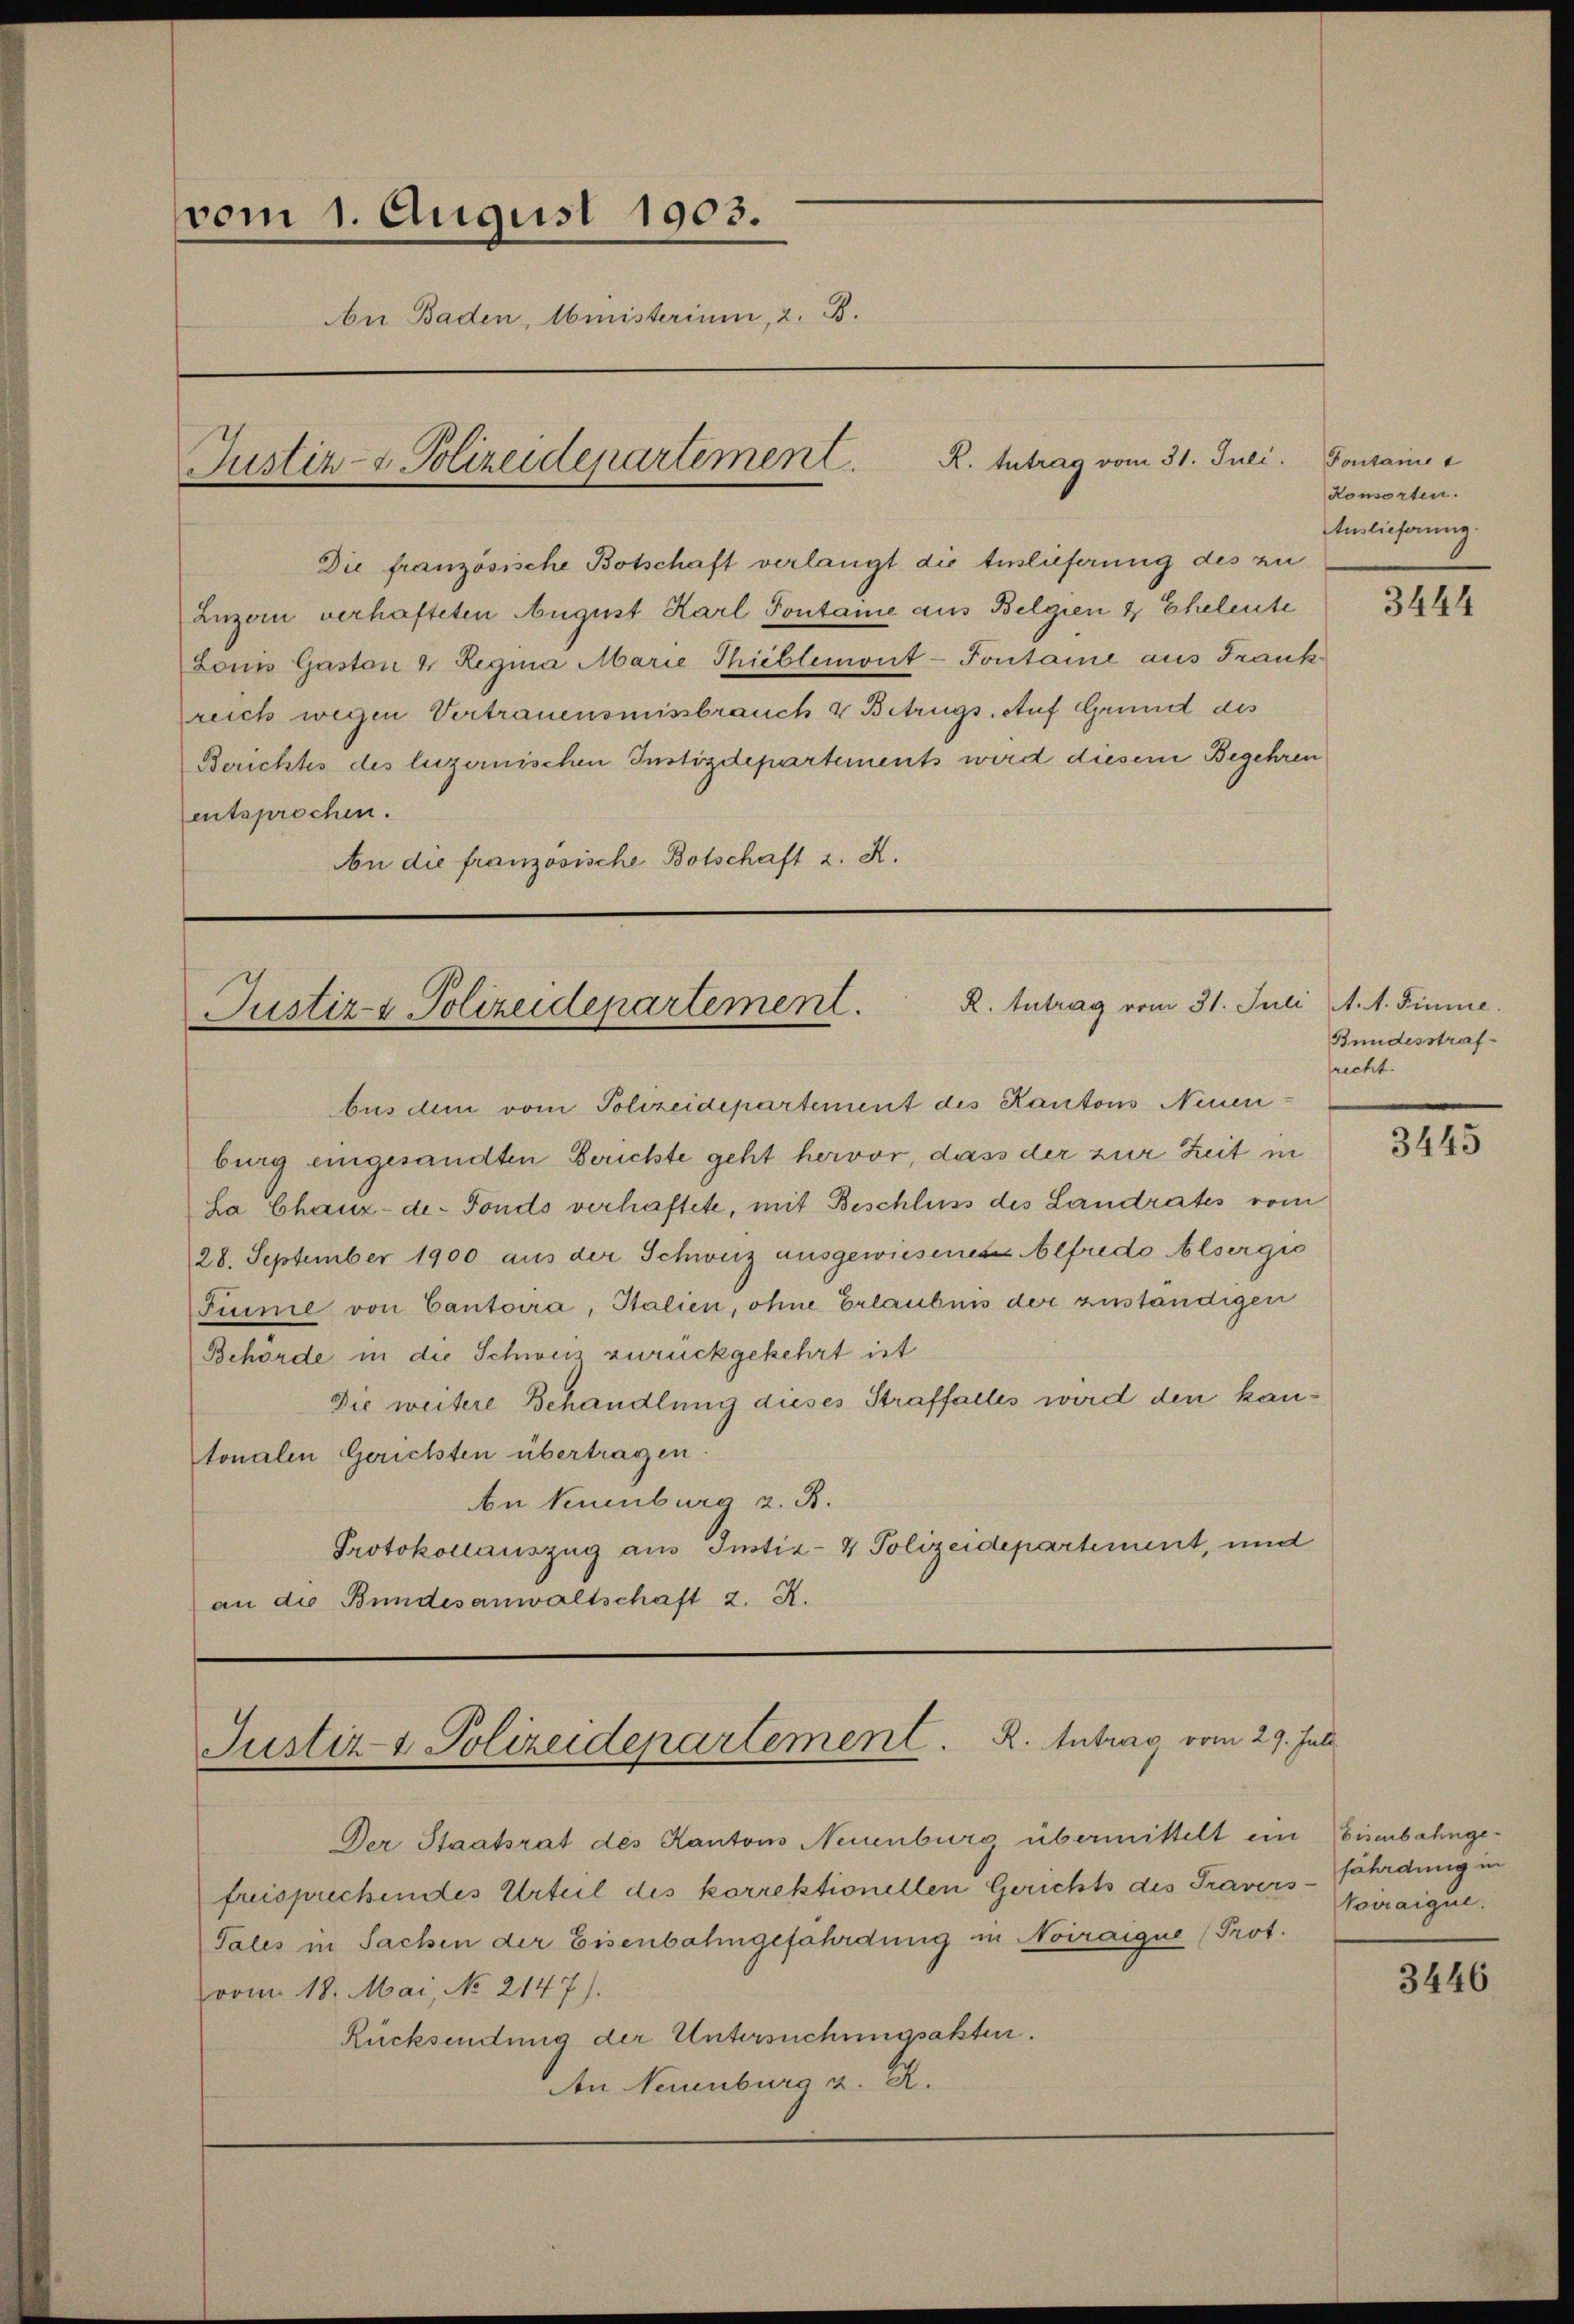
vom 1. August 1903.
An Baden, Ministerium, 2. B.
Justiz- & Polizeidepartement. R. Intrag vom 31. Juli.

Die französische Botschaft verlangt die Auslieferung des zu
Luzern verhafteten August Karl Tontaine aus Belgien & Eheleute
Louis Gaston & Regina Marie Thieblemont-Fontaine aus Frank
reich wegen Vertrauensmissbrauch & Betrugs Auf Grund des
Berichtes des luzernischen Instizdepartements wird diesem Begehren
entsprochen.
An die französische Botschaft z. K.

R. Antrag vom 31. Juli A. A. Sinne.
Justiz- & Polizeidepartement.

bus dem vom Polizeidepartement des Kantons Neuen-
burg eingesandten Berichte geht hervor, dass der zur Zeit in
La Chaux-de-Fonds verhaftete, mit Beschluss des Landrates vom
28. September 1900 aus der Schweiz ausgewiesenen Alfredo Alsergis
Funnie von Cantoira, Italien, ohne Erlaubnis der zuständigen
Behörde in die Schweiz zurückgekehrt ist
Die weitere Behandlung dieses Straffalles wird den kantonalen Gerichten übertragen.
An Neuenburg z. B.
Protokollauszug aus Instiz- & Polizeidepartement, und
an die Bundesanwaltschaft 2. A.

Justiz- & Polizeidepartement. R. Antrag vom 29. Juli

Der Staatsrat des Kantons Neuenburg übermittelt in
frusprechendes Urteil des korrektionellen Gerichts des Traver
Pales in Sachen der Eisenbahngefährdung in Noiraigue (Prot.
vom 18. Mai, No 2147).
Rücksendung der Untersuchungsakten.
An Neuenburg a. A.

Fontaines
Konsorten.
Auslieferung.

3444

Bundesstrafrecht.

3445

" Eisenbahnge-
 fährdung in
Voiraique.

3446